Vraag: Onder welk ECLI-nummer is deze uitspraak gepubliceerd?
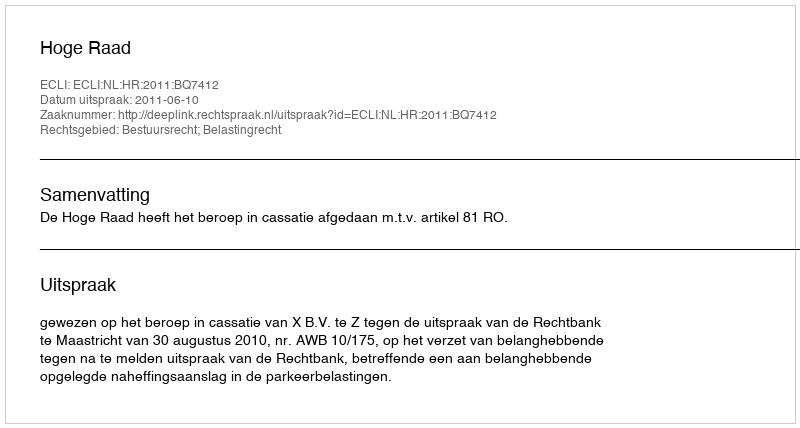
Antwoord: ECLI:NL:HR:2011:BQ7412